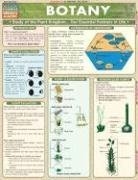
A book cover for Botany (Quickstudy: Academic); Inc. BarCharts; Children's Books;